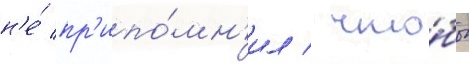
н'е́ пр'ипо́мн'ил / что́бы